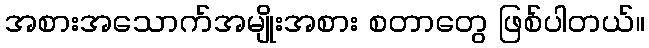
အစားအသောက်အမျိုးအစား စတာတွေ ဖြစ်ပါတယ်။